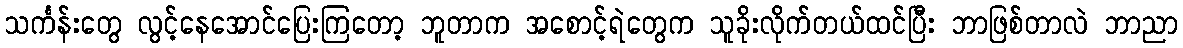
သင်္ကန်းတွေ လွင့်နေအောင်ပြေးကြတော့ ဘူတာက အစောင့်ရဲတွေက သူခိုးလိုက်တယ်ထင်ပြီး ဘာဖြစ်တာလဲ ဘာညာ